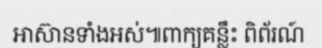
អាស៊ានទាំងអស់៕ពាក្យគន្លឹះ ពិព័រណ៍